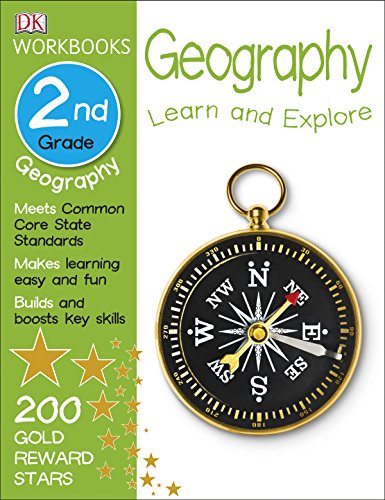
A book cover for DK Workbooks: Geography, Second Grade; DK Publishing; Children's Books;